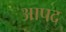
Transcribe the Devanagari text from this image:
आपद